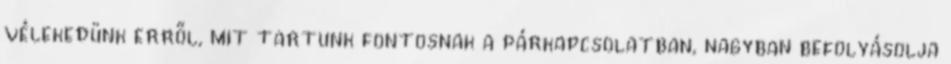
vélekedünk erről, mit tartunk fontosnak a párkapcsolatban, nagyban befolyásolja